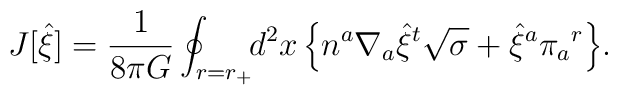
J[{\hat\xi}] = {1\over8\pi G}\oint_{r=r_+}\!\! d^2x\, \Bigl\{n^a\nabla_a{\hat\xi}^t\sqrt{\sigma}+ {\hat\xi}^a\pi_a{}^r \Bigr\}.